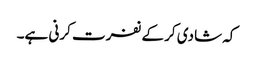
کہ شادی کر کے نفرت کرنی ہے۔